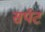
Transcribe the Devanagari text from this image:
सर्पट